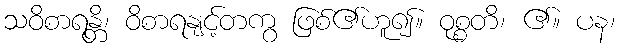
သဝိစာရန္တိ၊ ဝိစာရနျင့်တကွ ဖြစ်၏ဟူ၍။ ဝုစ္စတိ၊ ၏။ ပန၊